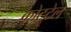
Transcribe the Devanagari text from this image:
कोटटेल